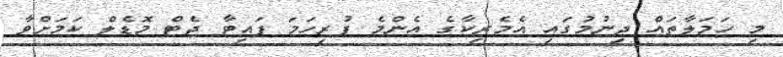
މި ހަމަލާތައް ދިނުމުގައި އެމެރިކާގެ އެންމެ ފުރިހަމަ ފައިޓާ ޖެޓް މޮޑެލް ކަމަށްވާ